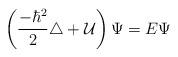
\begin{align*}\left({-\hbar^2\over 2}\triangle + {\cal U}\right)\Psi = E \Psi\end{align*}